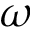
\omega